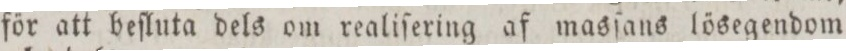
för att beſluta dels om realiſering af masſans lösegendom